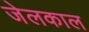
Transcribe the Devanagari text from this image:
जेलकाल